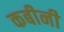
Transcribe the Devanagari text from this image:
कबीनी